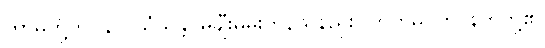
ကာမတို့ကို။ န ပ္ပသံသန္တိ၊ မချီးမွမ်းကုန်သနည်း။ ဘူတဓိပတိ၊ နတ်တို့၏